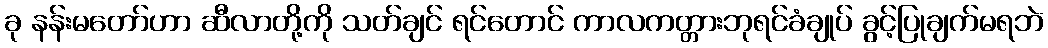
ခု နန်းမတော်ဟာ ဆီလာတို့ကို သတ်ချင် ရင်တောင် ကာလကတ္တားဘုရင်ခံချုပ် ခွင့်ပြုချက်မရဘဲ